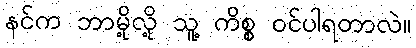
နင်က ဘာမို့လို့ သူ့ ကိစ္စ ဝင်ပါရတာလဲ။